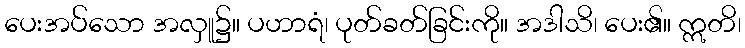
ပေးအပ်သော အလှူ၌။ ပဟာရံ၊ ပုတ်ခတ်ခြင်းကို။ အဒါသိ၊ ပေး၏။ ဣတိ၊